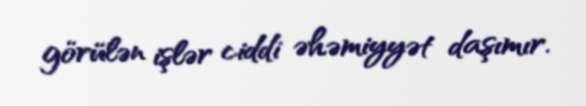
görülən işlər ciddi əhəmiyyət daşımır.